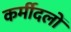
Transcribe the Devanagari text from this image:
कर्मीदलों